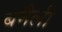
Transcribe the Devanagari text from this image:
बनैली